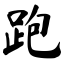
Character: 跑